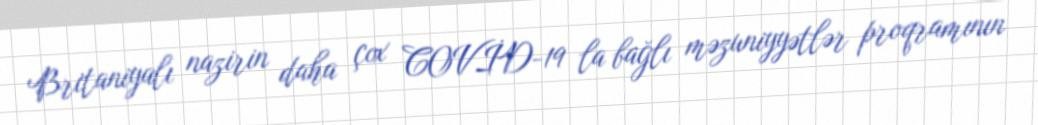
Britaniyalı nazirin daha çox COVİD-19 la bağlı məzuniyyətlər proqramının